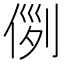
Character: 𠊖